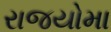
રાજયોમા